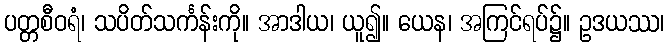
ပတ္တစီဝရံ၊ သပိတ်သင်္ကန်းကို။ အာဒါယ၊ ယူ၍။ ယေန၊ အကြင်ရပ်၌။ ဥဒယဿ၊